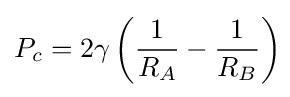
P_{c}=2\gamma \left({\frac {1}{R_{A}}}-{\frac {1}{R_{B}}}\right)\!